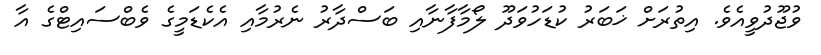
ވުޖޫދުވީއެވެ. އިތުރަށް ޚަބަރު ކުޑަހުވަދޫ ލޯމާފާނާއި ބަސްދާރު ނެރުމާއި އެކެޑަމީގެ ވެބްސައިޓްގެ އާ